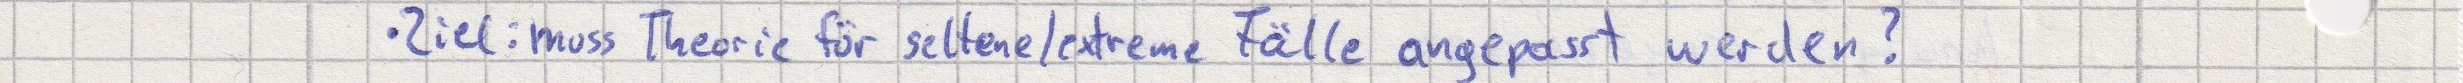
- Ziel: muss Theorie für seltene/extreme Fälle angepasst werden?